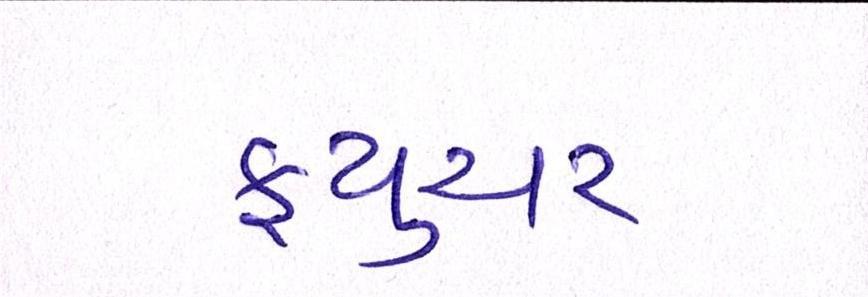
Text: ફ્યુચર